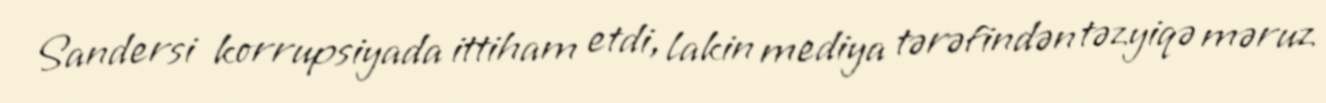
Sandersi korrupsiyada ittiham etdi, lakin mediya tərəfindən təzyiqə məruz